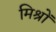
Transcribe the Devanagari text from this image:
मिश्रों